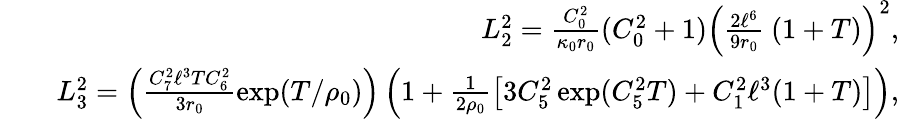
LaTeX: \begin{array}{rlr}&{}&{L_{2}^{2}=\frac{C_{0}^{2}}{\kappa_{0}r_{0}}(C_{0}^{2}+1)\left(\frac{2\ell^{6}}{9r_{0}}\ (1+T)\right)^{2},}\\ &{}&{L_{3}^{2}=\Big(\frac{C_{7}^{2}\ell^{3}TC_{6}^{2}}{3r_{0}}\exp(T/\rho_{0})\Big)\left(1+\frac{1}{2\rho_{0}}\left[3C_{5}^{2}\exp(C_{5}^{2}T)+C_{1}^{2}\ell^{3}(1+T)\right]\right),}\end{array}